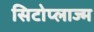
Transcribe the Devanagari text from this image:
सिटोप्लाज्म